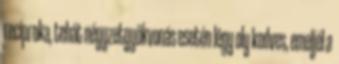
reciproka, tehát négyzetgyökvonás esetén légy oly kedves, emeljél a